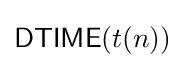
{\mathsf {DTIME}}(t(n))